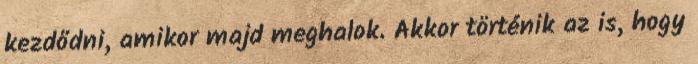
kezdődni, amikor majd meghalok. Akkor történik az is, hogy